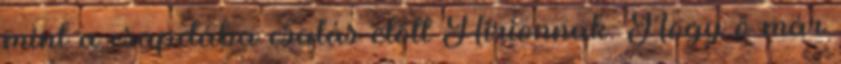
mint a csapdába csalás előtt Hirionnak. Hogy ő már